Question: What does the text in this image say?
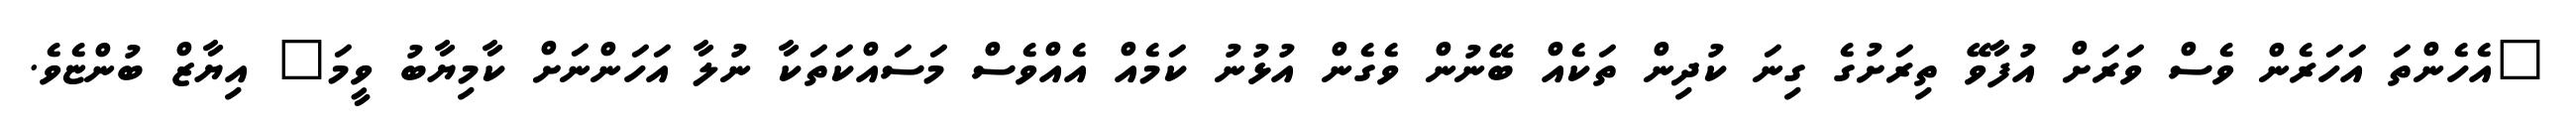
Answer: "އެހެންތަ އަހަރެން ވެސް ވަރަށް އުފާވޭ ތިރަށުގެ ގިނަ ކުދިން ތަކެއް ބޭނުން ވެގެން އުޅުނު ކަމެއް އެއްވެސް މަސައްކަތަކާ ނުލާ އަހަންނަށް ކާމިޔާބު ވީމަ" އިޔާޒް ބުންޏެވެ.